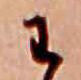
わ